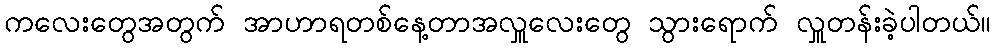
ကလေးတွေအတွက် အာဟာရတစ်နေ့တာအလှူလေးတွေ သွားရောက် လှူတန်းခဲ့ပါတယ်။